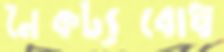
নৈকট্যবোধ